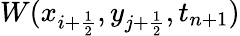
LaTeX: W(x_{i+\frac{1}{2}},y_{j+\frac{1}{2}},t_{n+1})